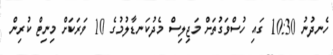
ހެނދުނު 10:30 ގައި ހުސްވަގުތަށް މަޖިލިސް މެދުކަނޑާލުމުގެ 10 ވަރަކަށް މިނިޓް ކުރިން